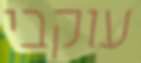
עוקבי